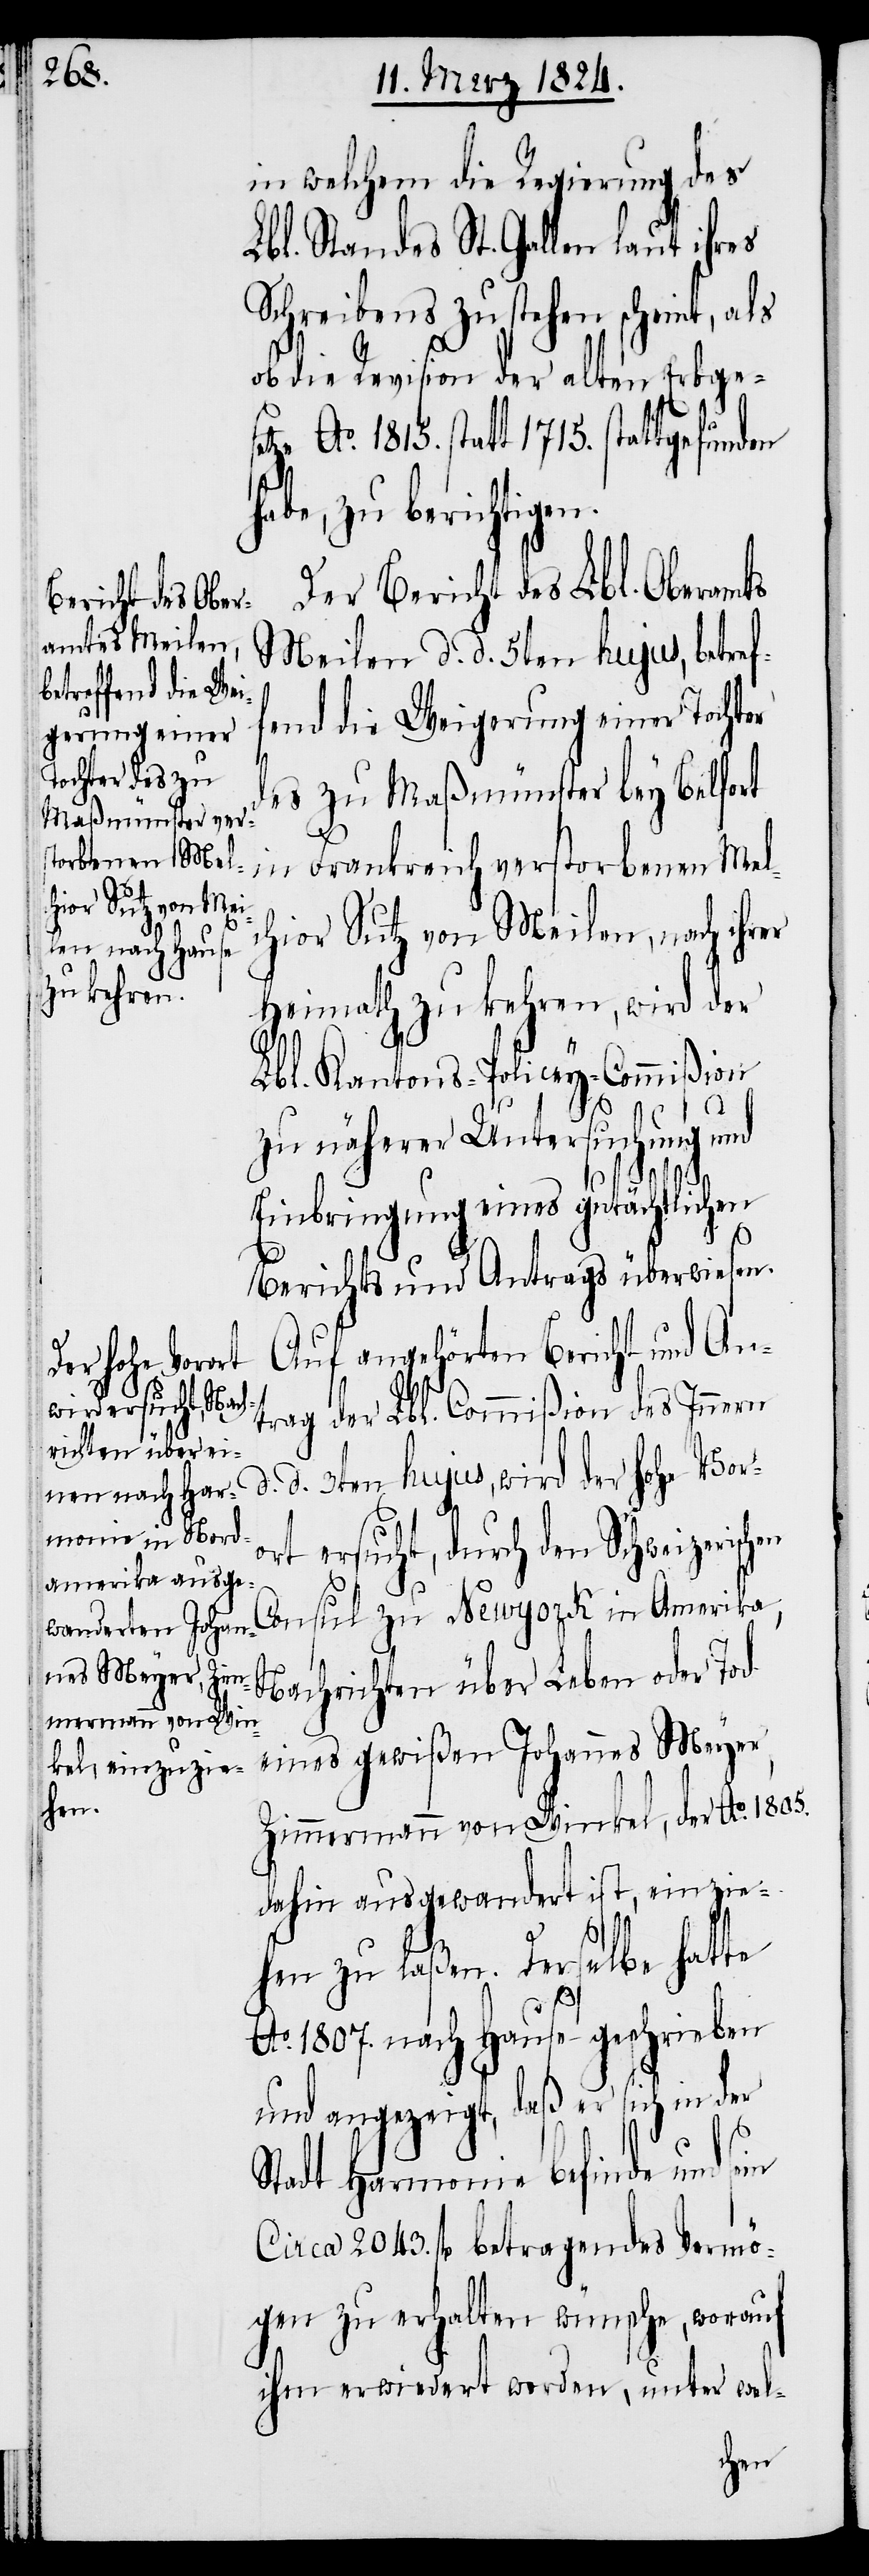
Nach¬
in welchem die Regierung des
Lbl. Standes St. Gallen laut ihres
Schreibens zu stehen scheint, als
ob die Revision der alten Erbsges¬
Ao. 1815. statt 1715. stattgefunden
habe, zu berichtigen.
Der Bericht des Lbl. Oberamts
Meilen d. d. 5ten hujus, betref¬
fend die Weigerung einer Tochter
des zu Maßmünster bey Belfort
Frankreich verstorbenen Mel¬
chior Sutz von Meilen, nach ihrer
Heimath zu kehren, wird der
Lbl. Kantons-Policey-Commißion
zu näherer Untersuchung und
Einbringung eines gutächtlichen
d.
Berichts und Antrags überwiesen.
Auf angehörten Bericht und An¬
trag der Lbl. Commißion des Innern
richten über Leben
d. 3ten hujus, wird der hohe Vor¬
ort ersucht, durch den Schweizerisc¬
Consul zu Newyork in Amerika,
eines gewißen Johannes Meyer,
Zimmermann von Winkel, der Ao. 1805.
dahin ausgewandert ist, einzie¬
etze
hen zu laßen. Derselbe hatte
Ao. 1807. nach Hause geschrieben
und angezeigt, daß er sich in der
Stadt Harmonie befinde und
Circa 2043. fl. betragendes Vermö¬
gen zu erhalten wünsche, worauf
ihm erwiedert worden, unter wel-
hen